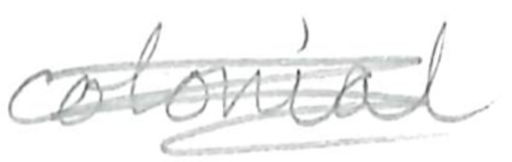
Text: colonial
Cross-out: scratch
Writing tool: pencil